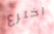
اخترع